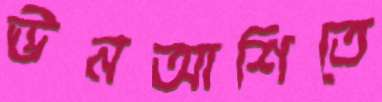
ঊনআশিতে